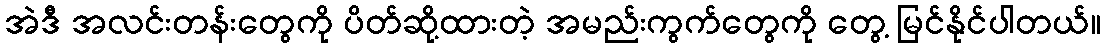
အဲဒီ အလင်းတန်းတွေကို ပိတ်ဆို့ထားတဲ့ အမည်းကွက်တွေကို တွေ့ မြင်နိုင်ပါတယ်။